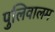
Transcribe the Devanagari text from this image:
पुलिवालम